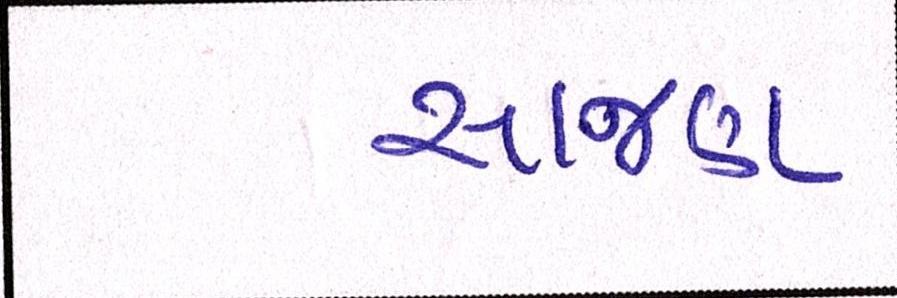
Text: સાજણ